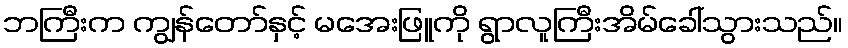
ဘကြီးက ကျွန်တော်နှင့် မအေးဖြူကို ရွာလူကြီးအိမ်ခေါ်သွားသည်။